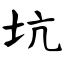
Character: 坑